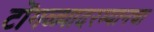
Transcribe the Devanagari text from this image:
टोंगळ्यादरम्यानचा